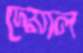
দেয়াল